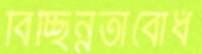
বিচ্ছিন্নতাবোধ